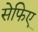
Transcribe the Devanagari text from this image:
सेफिए